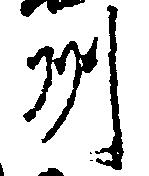
州